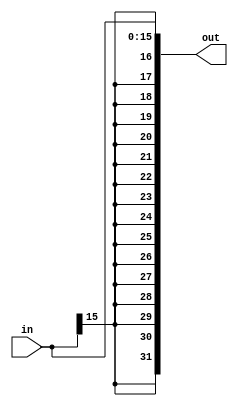
module SignExtender(in,out);
    input [15:0] in;
    output [31:0] out;

    assign out[15:0] = in;
    assign out[16] = in[15];
    assign out[17] = in[15];
    assign out[18] = in[15];
    assign out[19] = in[15];
    assign out[20] = in[15];
    assign out[21] = in[15];
    assign out[22] = in[15];
    assign out[23] = in[15];
    assign out[24] = in[15];
    assign out[25] = in[15];
    assign out[26] = in[15];
    assign out[27] = in[15];
    assign out[28] = in[15];
    assign out[29] = in[15];
    assign out[30] = in[15];
    assign out[31] = in[15];
endmodule